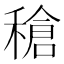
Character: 䅮